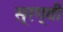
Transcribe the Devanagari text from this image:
स्रग्वी